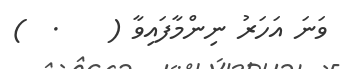
ވަނަ އަހަރު ނިންމާފައިވާ (    .  )